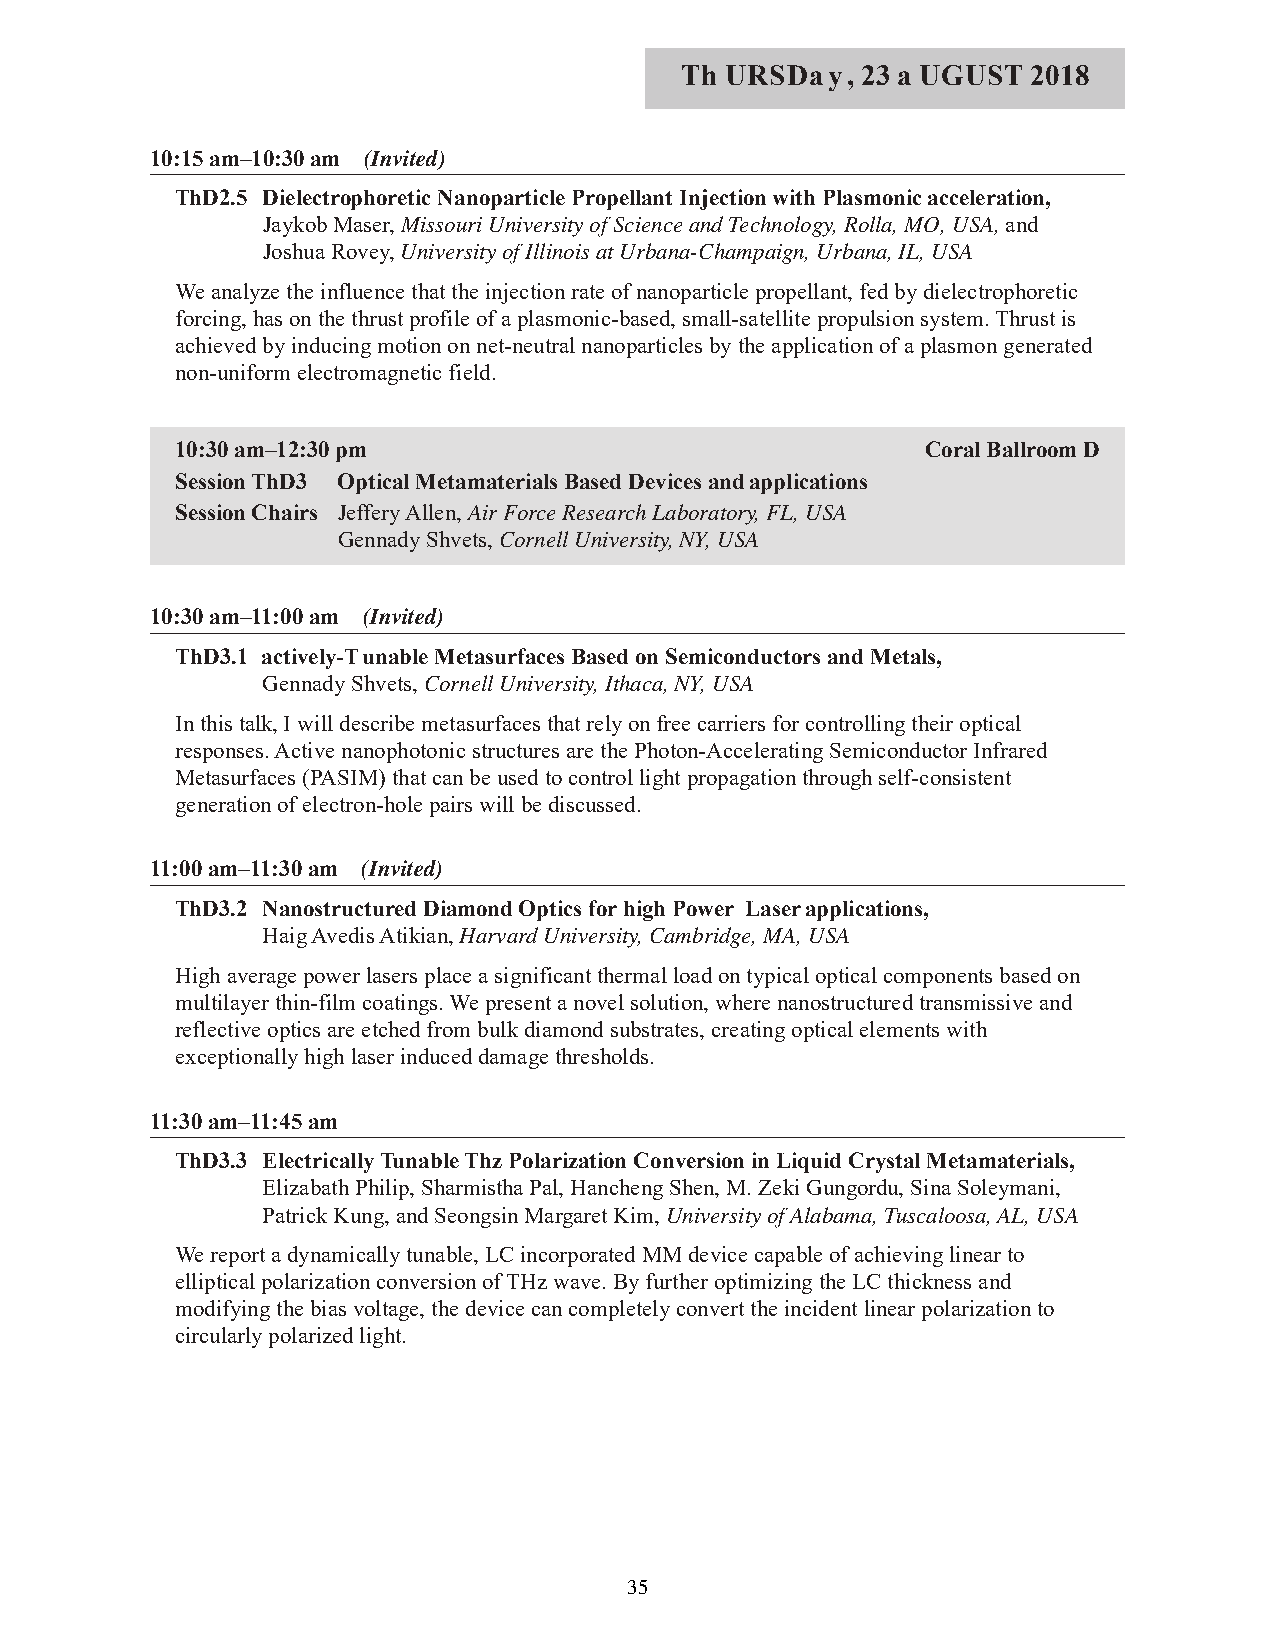
Th URSDay,  23 a UGUST 2018
 10:15 am–10:30 am (Invited)
 ThD2.5 Dielectrophoretic Nanoparticle Propellant Injection with Plasmonic acceleration,
 Jaykob Maser, Missouri University of Science and Technology, Rolla, MO, USA, and
 Joshua Rovey, University of Illinois at Urbana-Champaign, Urbana, IL, USA
 We analyze the influence that the injection rate of nanoparticle propellant, fed by dielectrophoretic
 forcing, has on the thrust profile of a plasmonic-based, small-satellite propulsion system. Thrust is
 achieved by inducing motion on net-neutral nanoparticles by the application of a plasmon generated
 non-uniform electromagnetic field.
 10:30 am–12:30 pm                                Coral Ballroom D
 Session ThD3 Optical Metamaterials Based Devices and applications
 Session Chairs Jeffery Allen, Air Force Research Laboratory, FL, USA
 Gennady Shvets, Cornell University, NY, USA
 10:30 am–11:00 am (Invited)
 ThD3.1 actively-Tunable Metasurfaces Based on Semiconductors and Metals,
 Gennady Shvets, Cornell University, Ithaca, NY, USA
 In this talk, I will describe metasurfaces that rely on free carriers for controlling their optical
 responses. Active nanophotonic structures are the Photon-Accelerating Semiconductor Infrared
 Metasurfaces (PASIM) that can be used to control light propagation through self-consistent
 generation of electron-hole pairs will be discussed.
 11:00 am–11:30 am (Invited)
 ThD3.2 Nanostructured Diamond Optics for high Power Laser applications,
 Haig Avedis Atikian, Harvard University, Cambridge, MA, USA
 High average power lasers place a significant thermal load on typical optical components based on
 multilayer thin-film coatings. We present a novel solution, where nanostructured transmissive and
 reflective optics are etched from bulk diamond substrates, creating optical elements with
 exceptionally high laser induced damage thresholds.
 11:30 am–11:45 am
 ThD3.3 Electrically Tunable Thz Polarization Conversion in Liquid Crystal Metamaterials,
 Elizabath Philip, Sharmistha Pal, Hancheng Shen, M. Zeki Gungordu, Sina Soleymani,
 Patrick Kung, and Seongsin Margaret Kim, University of Alabama, Tuscaloosa, AL, USA
 We report a dynamically tunable, LC incorporated MM device capable of achieving linear to
 elliptical polarization conversion of THz wave. By further optimizing the LC thickness and
 modifying the bias voltage, the device can completely convert the incident linear polarization to
 circularly polarized light.
 35